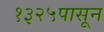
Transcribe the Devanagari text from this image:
१३२५पासून